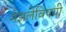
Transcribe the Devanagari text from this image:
गझलेविषयी